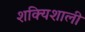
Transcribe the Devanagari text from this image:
शक्यिशाली